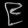
Digit: ၉